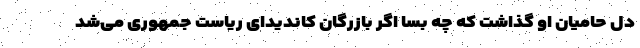
دل حامیان او گذاشت که چه بسا اگر بازرگان کاندیدای ریاست جمهوری می‌شد